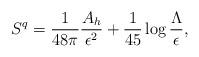
LaTeX: \begin{align*}S^q={1 \over 48\pi} {A_h \over \epsilon^2}+{1 \over 45} \log {\Lambda \over\epsilon},\end{align*}